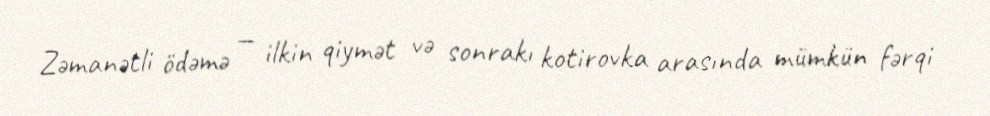
Zəmanətli ödəmə — ilkin qiymət və sonrakı kotirovka arasında mümkün fərqi